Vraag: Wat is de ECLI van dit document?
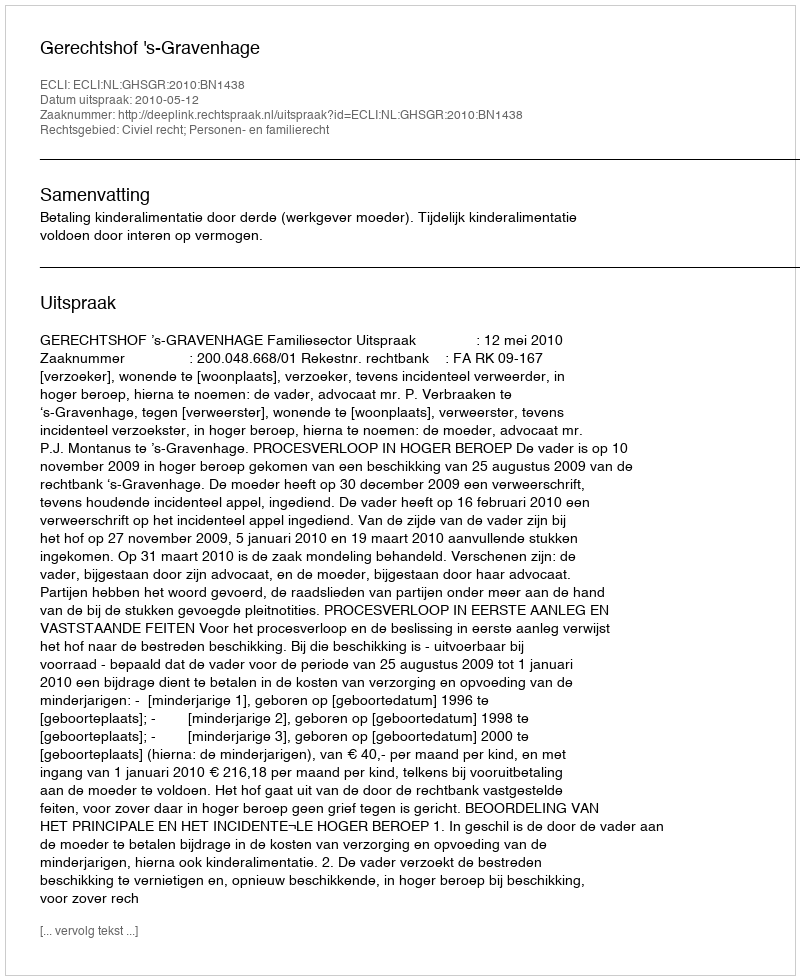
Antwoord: ECLI:NL:GHSGR:2010:BN1438